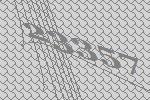
23357